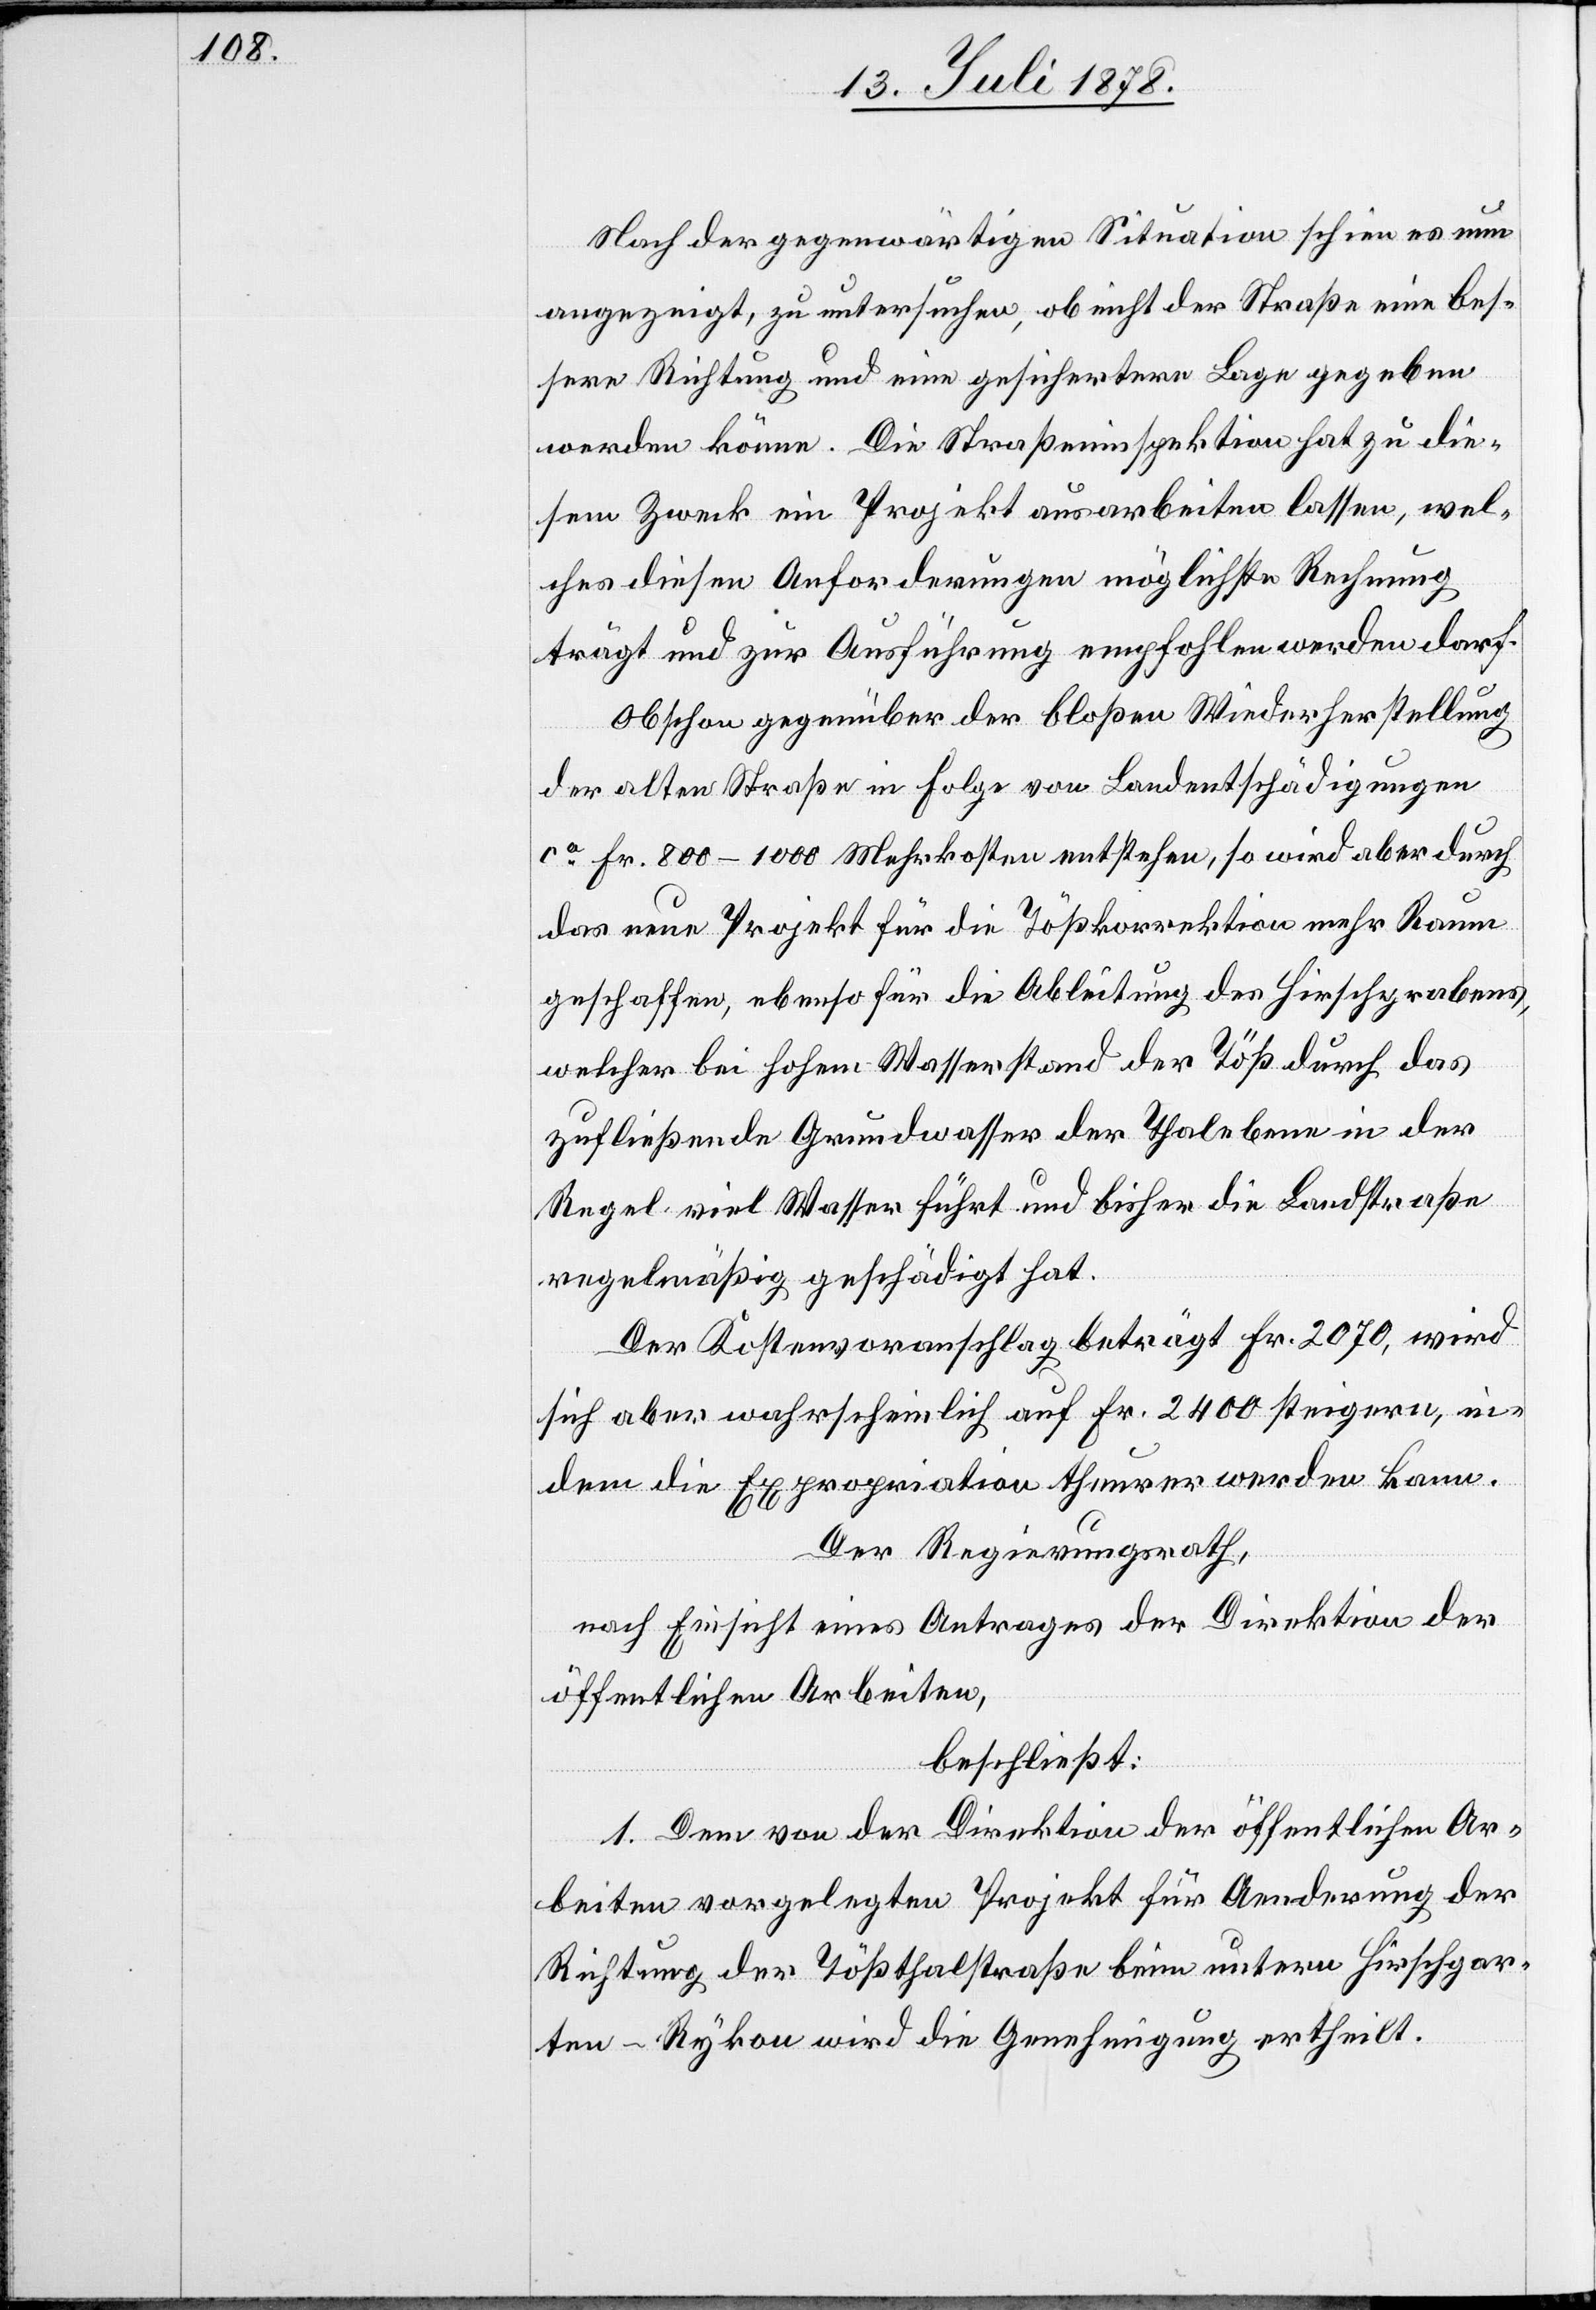
Nach der gegenwärtigen Situation schien es nun
angezeigt, zu untersuchen, ob nicht der Straße eine bes¬
sere Richtung und eine gesichertere Lage gegeben
werden könne. Die Straßeninspektion hat zu die¬
sem Zweck ein Projekt ausarbeiten lassen, wel¬
ches diesen Anforderungen möglichste Rechnung
trägt und zur Ausführung empfohlen werden darf.
Obschon gegenüber der bloßen Wiederherstellung
der alten Straße in Folge von Landentschädigungen
ca Fr. 800–1000 Mehrkosten entstehen, so wird aber durch
das neue Projekt für die Tößkorrektion mehr Raum
geschaffen, ebenso für die Ableitung des Hirschegrabens,
welcher bei hohem Wasserstand der Töß durch das
zufließende Grundwasser der Thalebene in der
Regel viel Wasser führt und bisher die Landstraße
regelmäßig geschädigt hat.
Der Kostenvoranschlag beträgt Fr. 2070, wird
sich aber wahrscheinlich auf Fr. 2400 steigern, in¬
dem die Expropriation theurer werden kann.
Der Regierungsrath,
nach Einsicht eines Antrages der Direktion der
öffentlichen Arbeiten,
beschließt:
1. Dem von der Direktion der öffentlichen Ar¬
beiten vorgelegten Projekt für Aenderung der
Richtung der Tößthalstraße beim untern Hirschgar¬
ten - Rykon wird die Genehmigung ertheilt.